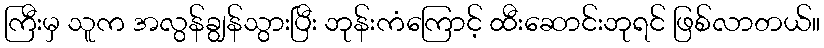
ကြီးမှ သူက အလွန်ချွန်သွားပြီး ဘုန်းကံကြောင့် ထီးဆောင်းဘုရင် ဖြစ်လာတယ်။